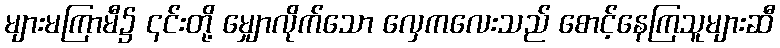
များမကြာမီ၌ ၎င်းတို့ မျှောလိုက်သော လှေကလေးသည် စောင့်နေကြသူများဆီ